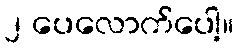
၂ ပေလောက်ပေါ့။